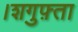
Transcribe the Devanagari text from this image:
।शगुफ़्ता